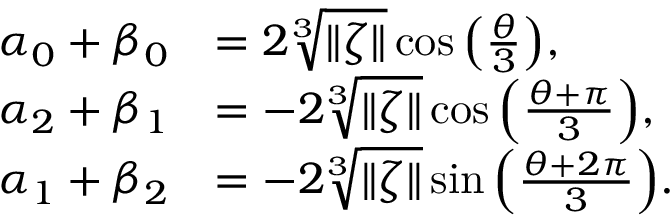
\begin{array} { r l } { \alpha _ { 0 } + \beta _ { 0 } } & { = 2 \sqrt [ 3 ] { \| \zeta \| } \cos { \left( \frac { \theta } { 3 } \right) } , } \\ { \alpha _ { 2 } + \beta _ { 1 } } & { = - 2 \sqrt [ 3 ] { \| \zeta \| } \cos { \left( \frac { \theta + \pi } { 3 } \right) } , } \\ { \alpha _ { 1 } + \beta _ { 2 } } & { = - 2 \sqrt [ 3 ] { \| \zeta \| } \sin { \left( \frac { \theta + 2 \pi } { 3 } \right) } . } \end{array}